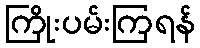
ကြိုးပမ်းကြရန်